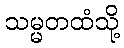
သမ္မတထံသို့